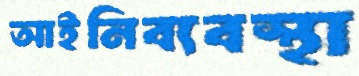
আইনিব্যবস্থা